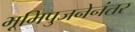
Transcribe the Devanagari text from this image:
भूमिपुजनेनंतर